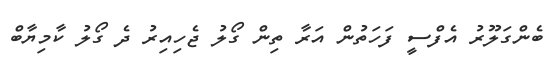
ބެންގަލޫރު އެފްސީ ފަހަތުން އަރާ ތިން ގޯލު ޖެހިއިރު ދެ ގޯލު ކާމިޔާބް